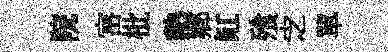
院宻枇熱郷缸飱㝎單